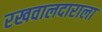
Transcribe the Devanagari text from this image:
रखवालदाराला